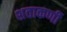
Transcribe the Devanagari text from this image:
शताकर्णी